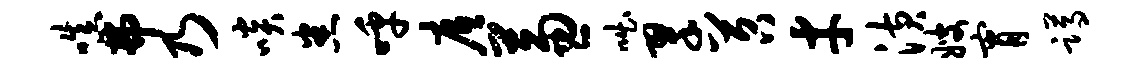
嗔弗乃啖悉呼底兼咄翠苕才潢嫂宵蹲